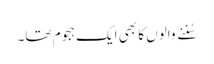
سُننے والوں کا بھی ایک ہجوم تھا۔